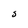
Character: S